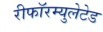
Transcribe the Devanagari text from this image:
रीफॉरम्युलेटेड